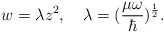
\begin{align*}w=\lambda z^2 , \quad \lambda=(\frac{\mu\omega}{\hbar})^\frac 12 .\end{align*}